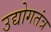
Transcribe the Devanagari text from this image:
उद्योगतंत्र